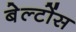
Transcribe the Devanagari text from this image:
बेल्टोंस